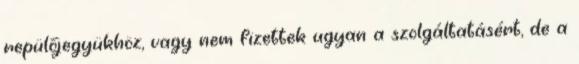
repülőjegyükhöz, vagy nem fizettek ugyan a szolgáltatásért, de a